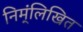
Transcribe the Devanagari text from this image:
निम्ंलिखित